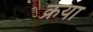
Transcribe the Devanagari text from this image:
क्रया